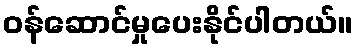
ဝန်ဆောင်မှုပေးနိုင်ပါတယ်။